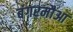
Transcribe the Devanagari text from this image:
बंगरमौआ